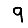
Digit: 9